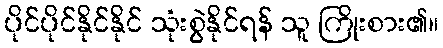
ပိုင်ပိုင်နိုင်နိုင် သုံးစွဲနိုင်ရန် သူ ကြိုးစား၏။